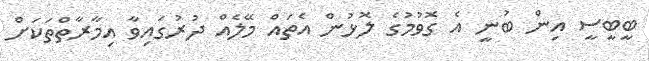
ބީބީސީ އިން ބުނީ އެ ގޮވުމުގެ ލޮޅުން އެތައް މޭލެއް ދުރުގައިވާ އިމާރާތްތަކަށް